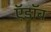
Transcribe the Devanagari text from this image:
ऍ़डॉब